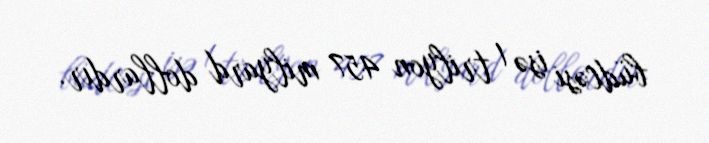
büdcəsi isə 1 trilyon 457 milyard dollardır.